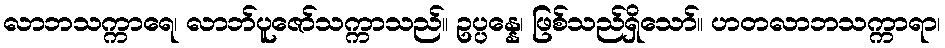
လာဘသက္ကာရေ၊ လာဘ်ပူဇော်သက္ကာသည်။ ဥပ္ပန္နေ၊ ဖြစ်သည်ရှိသော်။ ဟတလာဘသက္ကာရာ၊